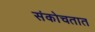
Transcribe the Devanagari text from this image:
संकोचतात